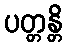
ပတ္တန္တိ